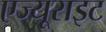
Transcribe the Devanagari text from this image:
एज्यूराइट